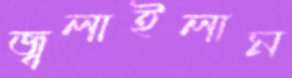
জ্বলাইলাম